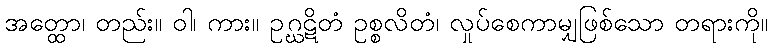
အတ္ထော၊ တည်း။ ဝါ၊ ကား။ ဥဂ္ဃဋိတံ ဥစ္စလိတံ၊ လှုပ်စေကာမျှဖြစ်သော တရားကို။